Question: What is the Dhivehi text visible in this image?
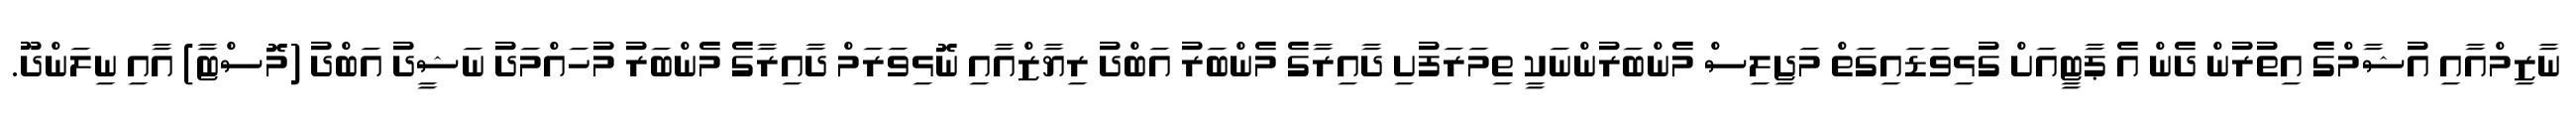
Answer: ނާޒިމްއާއި އުޝާމްގެ އިތުރުން ދެން އެ ޕާޓީއަށް ގުޅިވަޑައިގަތް މަޖިލިސް މެންބަރުންނަކީ ތިމަރަފުށި ދާއިރާގެ މެންބަރު އަބްދު ރިޔާޒްއާއި ނޮޅިވަރަމް ދާއިރާގެ މެންބަރު މުހައްމަދު ނަޝީދު އަބްދު (މޮސްޓާ) އާއި ނިލަންދޫ.